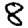
Digit: 8